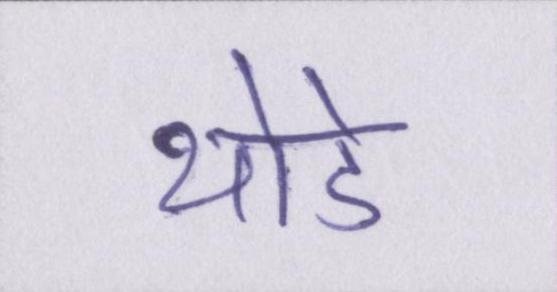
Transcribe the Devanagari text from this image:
थोडे